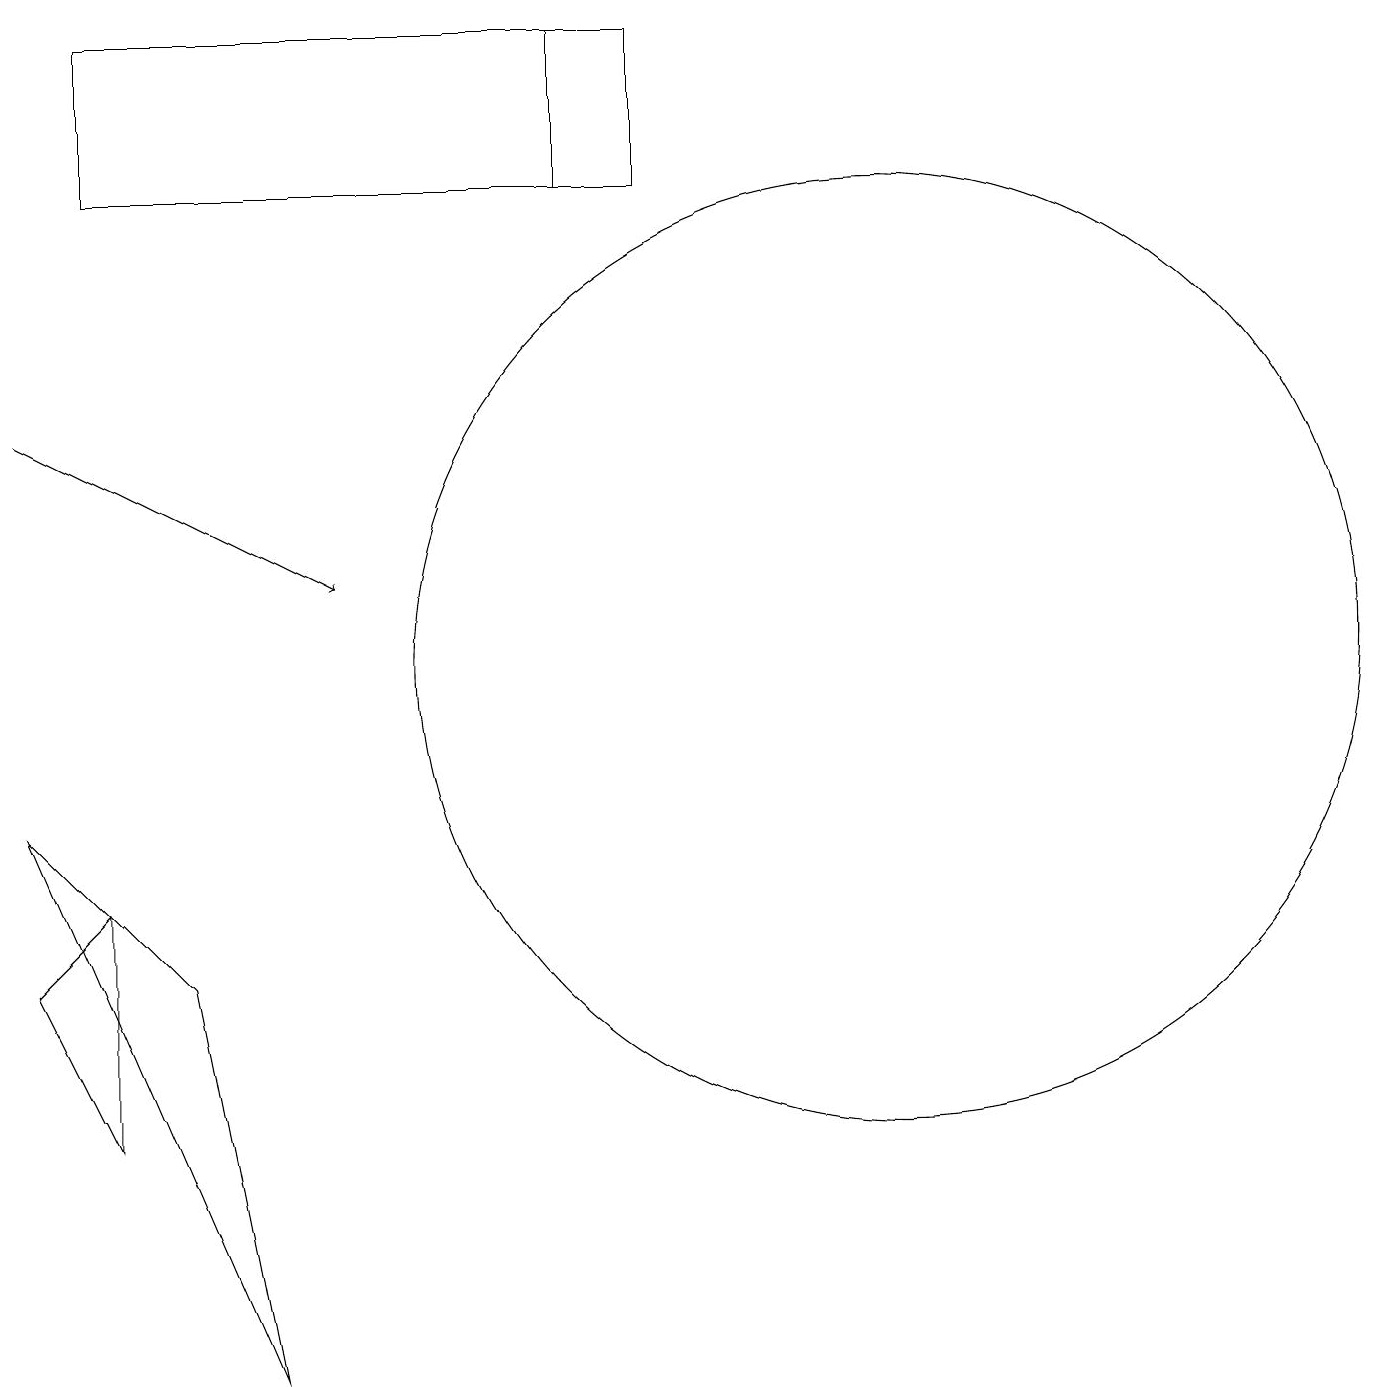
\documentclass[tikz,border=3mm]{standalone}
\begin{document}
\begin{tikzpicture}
\draw (8,17) rectangle (1,19);
\draw[->] (0,14) -- (4,12);
\draw (1,8) -- (1,5) -- (0,7) -- cycle;
\draw (2,7) -- (3,2) -- (0,9) -- cycle;
\draw (11,11) circle (6);
\draw (7,17) rectangle (7,19);
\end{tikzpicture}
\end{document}